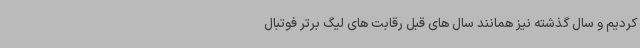
کردیم و سال گذشته نیز همانند سال های قبل رقابت های لیگ برتر فوتبال